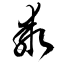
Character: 乖